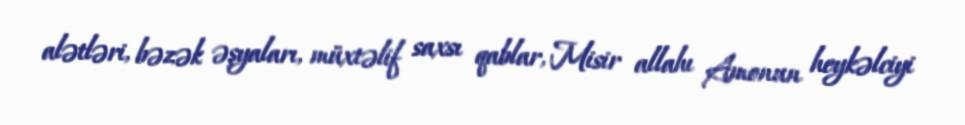
alətləri, bəzək əşyaları, müxtəlif saxsı qablar, Misir allahı Amonun heykəlciyi